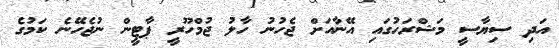
އަދި ސިޔާސީ މަޝްރަހުގައި އޭނާއަށް ޖެހުނު ހާލު ޖުމްހޫރީ ޕާޓީން ނުޖެހޭނެ ކަމުގެ